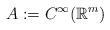
LaTeX: \begin{align*}A:=C^{\infty}({\mathbb R}^m)\end{align*}